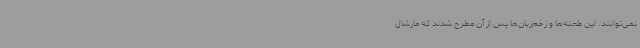
نمی‌توانند. این طعنه‌ها و زخم‌زبان‌ها پس از آن مطرح شدند که مارشال